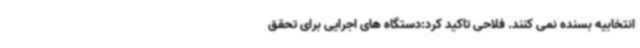
انتخابیه بسنده نمی کنند. فلاحی تاکید کرد:دستگاه های اجرایی برای تحقق